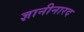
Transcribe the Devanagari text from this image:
ज्ञानीनारद